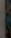
|